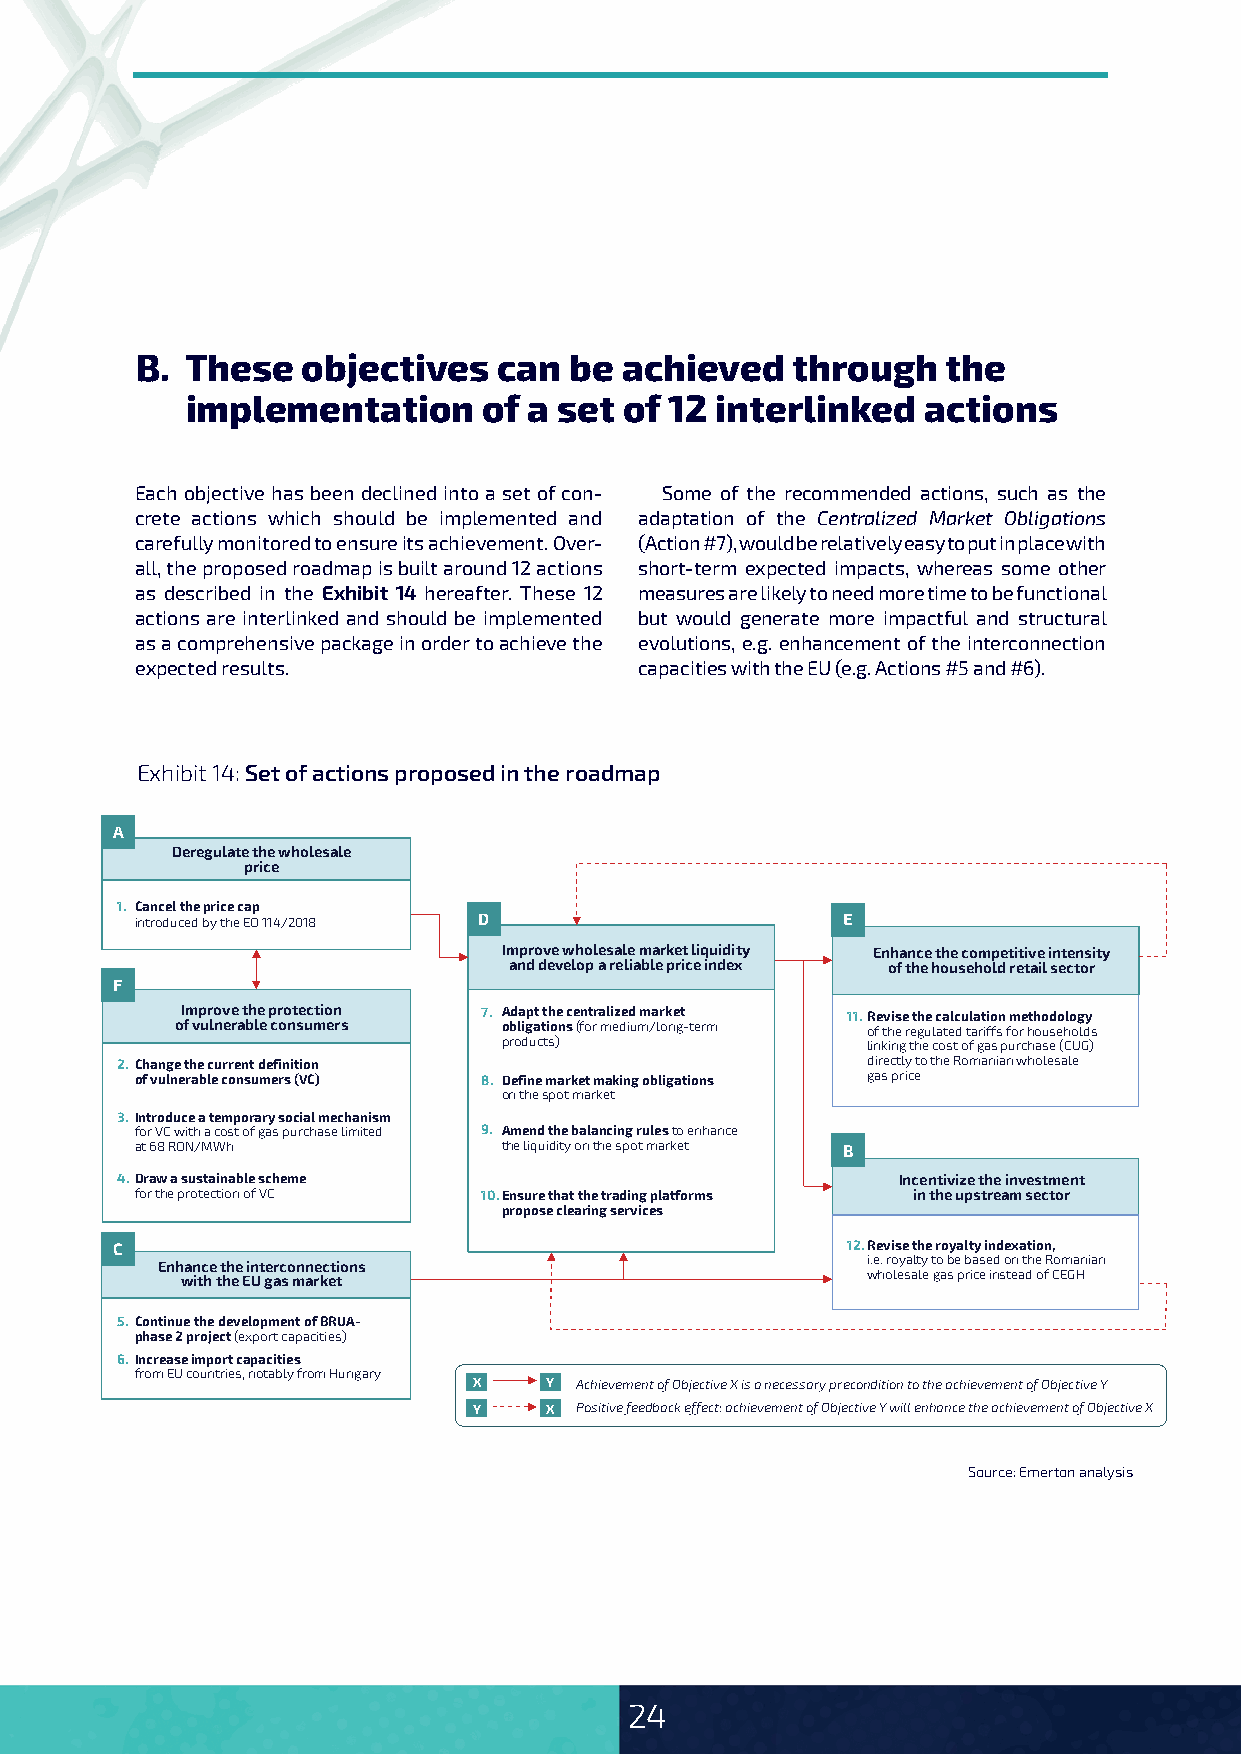
B. These   objectives   can  be achieved   through    the
 implementation      of a set of 12 interlinked   actions
 Each objective has been declined into a set of con- Some of the recommended actions, such as the
 crete actions which should be implemented and adaptation of the Centralized Market Obligations
 carefully monitored to ensure its achievement. Over- (Action #7), would be relatively easy to put in place with
 all, the proposed roadmap is built around 12 actions short-term expected impacts, whereas some other
 as described in the Exhibit 14 hereafter. These 12 measures are likely to need more time to be functional
 actions are interlinked and should be implemented but would generate more impactful and structural
 as a comprehensive package in order to achieve the evolutions, e.g. enhancement of the interconnection
 expected results.                capacities with the EU (e.g. Actions #5 and #6).
 Exhibit 14: Set of actions proposed in the roadmap
 A
 Deregulate the wholesale
 price
 1. Cancel the price cap
 introduced by the EO 114/2018 D                E
 Improve wholesale market liquidity Enhance the competitive intensity
 and develop a reliable price index of the household retail sector
 F
 Improve the protection 7. Adapt the centralized market 11.Revise the calculation methodology
 of vulnerable consumers obligations (for medium/long-term of the regulated tariffs for households
 products)               linking the cost of gas purchase (CUG)
 2. Change the current definition                 directly to the Romanian wholesale
 of vulnerable consumers (VC) 8. Define market making obligations gas price
 on the spot market
 3. Introduce a temporary social mechanism
 for VC with a cost of gas purchase limited 9. Amend the balancing rules to enhance
 at 68 RON/MWh           the liquidity on the spot market B
 4.Draw a sustainable scheme                        Incentivize the investment
 for the protection of VC 10.Ensure that the trading platforms in the upstream sector
 propose clearing services
 C                                                12.Revise the royalty indexation,
 i.e. royalty to be based on the Romanian
 Enhance the interconnections
 wholesale gas price instead of CEGH
 with the EU gas market
 5. Continue the development of BRUA-
 phase 2 project (export capacities)
 6. Increase import capacities
 from EU countries, notably from Hungary
 X    Y Achievement of Objective X is a necessary precondition to the achievement of Objective Y
 Y    X Positive feedback effect: achievement of Objective Y will enhance the achievement of Objective X
 Source: Emerton analysis
 24